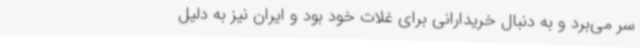
سر می‌برد و به دنبال خریدارانی برای غلات خود بود و ایران نیز به دلیل